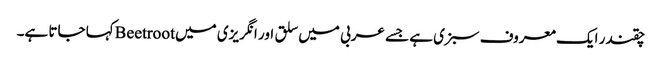
چقندر ایک معروف سبزی ہے جسے عربی میں سلق اور انگریزی میں Beetrootکہا جاتا ہے۔